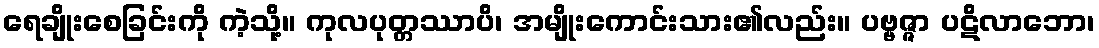
ရေချိုးစေခြင်းကို ကဲ့သို့။ ကုလပုတ္တဿာပိ၊ အမျိုးကောင်းသား၏လည်း။ ပဗ္ဗဇ္ဇာ ပဋိလာဘော၊